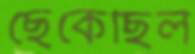
ছেঁকেছিল